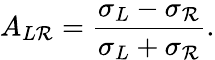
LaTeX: A_{L\mathcal{R}}=\frac{{\sigma_{L}-\sigma_{\mathcal{R}}}}{{\sigma_{L}+\sigma_{\mathcal{R}}}}.